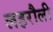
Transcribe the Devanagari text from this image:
लहरौली